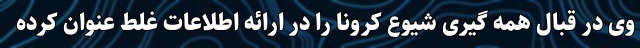
وی در قبال همه گیری شیوع کرونا را در ارائه اطلاعات غلط عنوان کرده